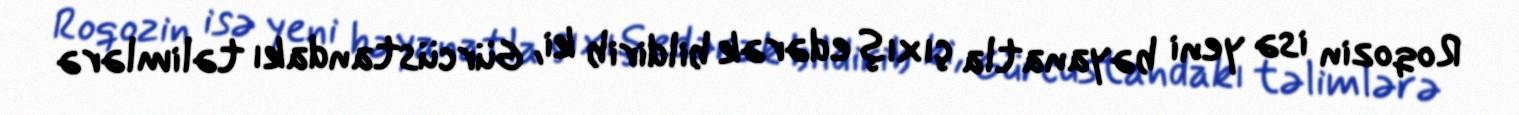
Roqozin isə yeni bəyanatla çıxış edərək bildirib ki, Gürcüstandakı təlimlərə